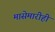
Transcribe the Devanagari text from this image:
मासेमारीही